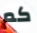
كم